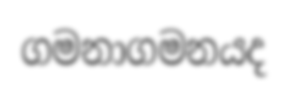
ගමනාගමනයද